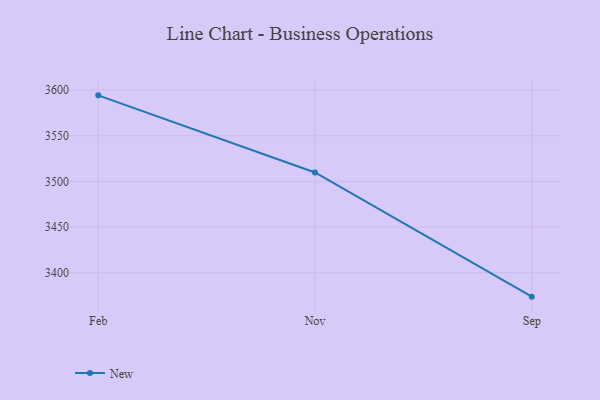
{"axis": {"x": "Month", "y": "Backlog"}, "legend": ["New"], "data": [{"x": "Feb", "y": 3594.3, "type": "New"}, {"x": "Nov", "y": 3509.8, "type": "New"}, {"x": "Sep", "y": 3373.8, "type": "New"}]}